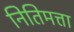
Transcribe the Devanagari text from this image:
नितिमत्ता